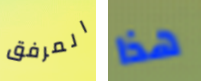
المرفق هذا